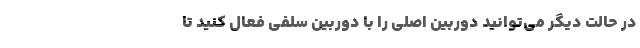
در حالت دیگر می‌توانید دوربین اصلی را با دوربین سلفی فعال کنید تا